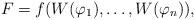
LaTeX: \begin{align*}F=f(W(\varphi_1),\ldots, W(\varphi_n)),\end{align*}